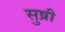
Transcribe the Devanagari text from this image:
सुष्री